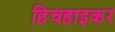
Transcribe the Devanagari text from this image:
हिचहाइकर